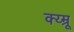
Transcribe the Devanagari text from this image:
क्य्म्रू